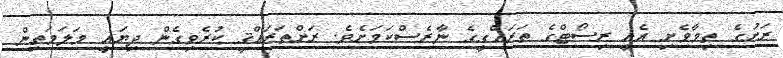
ރަށުގެ ތިމާވެށި އެއީ ރިސޯޓްގެ ތަރައްގީގެ ނާރެސްކަމަށެވެ. ރަށްތަރައްޤީ ކުރެވިގެން ދިޔައީ މަލަމަތިން